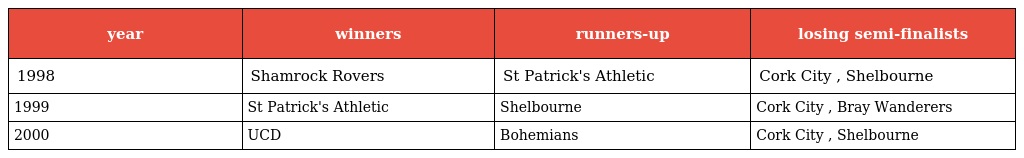
| year | winners | runners-up | losing semi-finalists |
 | --- | --- | --- | --- |
 | 1998 | Shamrock Rovers | St Patrick's Athletic | Cork City , Shelbourne |
 | 1999 | St Patrick's Athletic | Shelbourne | Cork City , Bray Wanderers |
 | 2000 | UCD | Bohemians | Cork City , Shelbourne |